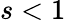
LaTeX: s<1